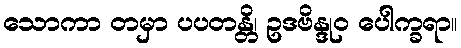
သောကာ တမှာ ပပတန္တိ၊ ဥဒဗိန္ဒုဝ ပေါက္ခရာ။